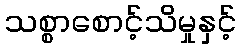
သစ္စာစောင့်သိမှုနှင့်